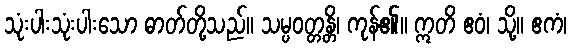
သုံးပါးသုံးပါးသော ဓာတ်တို့သည်။ သမ္ပဝတ္တန္တိ၊ ကုန်၏။ ဣတိ ဧဝံ၊ သို့။ ဧကံ၊